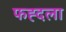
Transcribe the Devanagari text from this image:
फह्दला